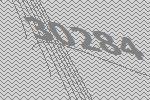
30284